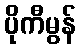
ပိုကီမွန်